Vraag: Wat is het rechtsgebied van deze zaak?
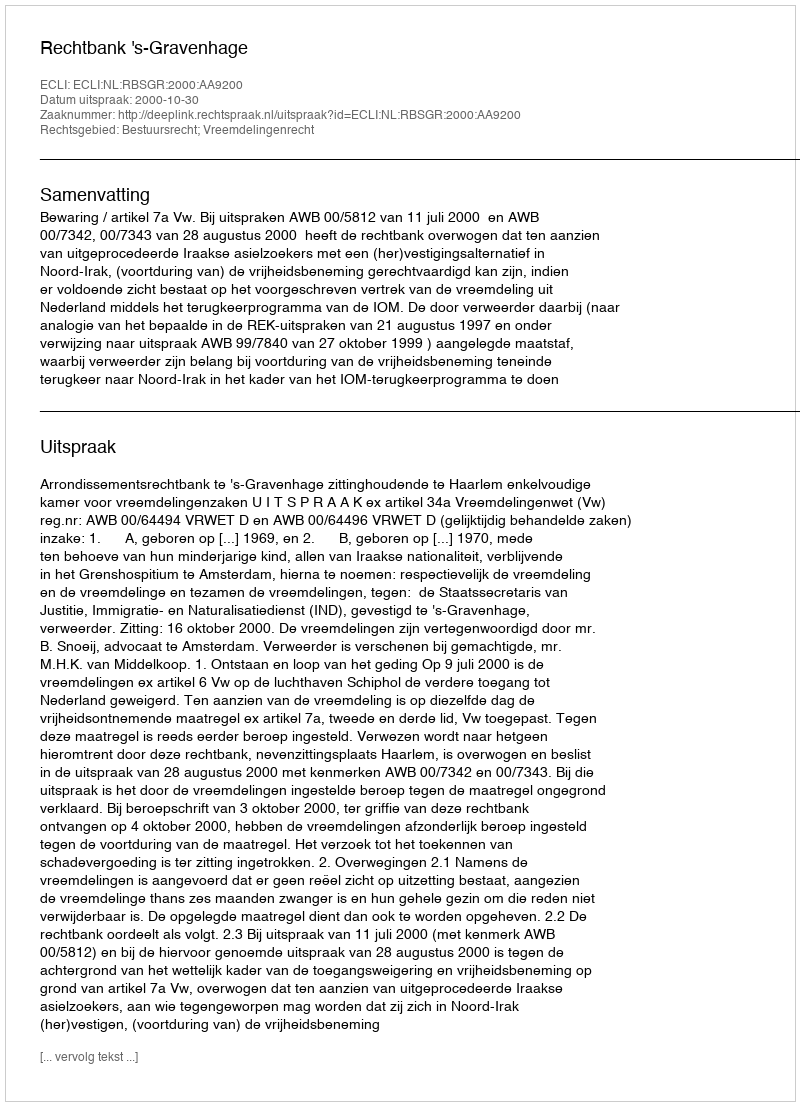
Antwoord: Bestuursrecht; Vreemdelingenrecht